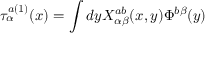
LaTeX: \tau _ { \alpha } ^ { a ( 1 ) } ( x ) = \int d y X _ { \alpha \beta } ^ { a b } ( x , y ) \Phi ^ { b \beta } ( y )